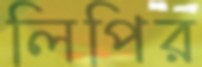
লিপির